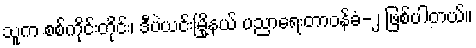
သူက စစ်ကိုင်းတိုင်း၊ ဒီပဲယင်းမြို့နယ် ပညာရေးတာဝန်ခံ-၂ ဖြစ်ပါတယ်။